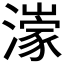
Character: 𱩟